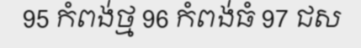
95 កំពង់ថ្ម 96 កំពង់ធំ 97 ជស